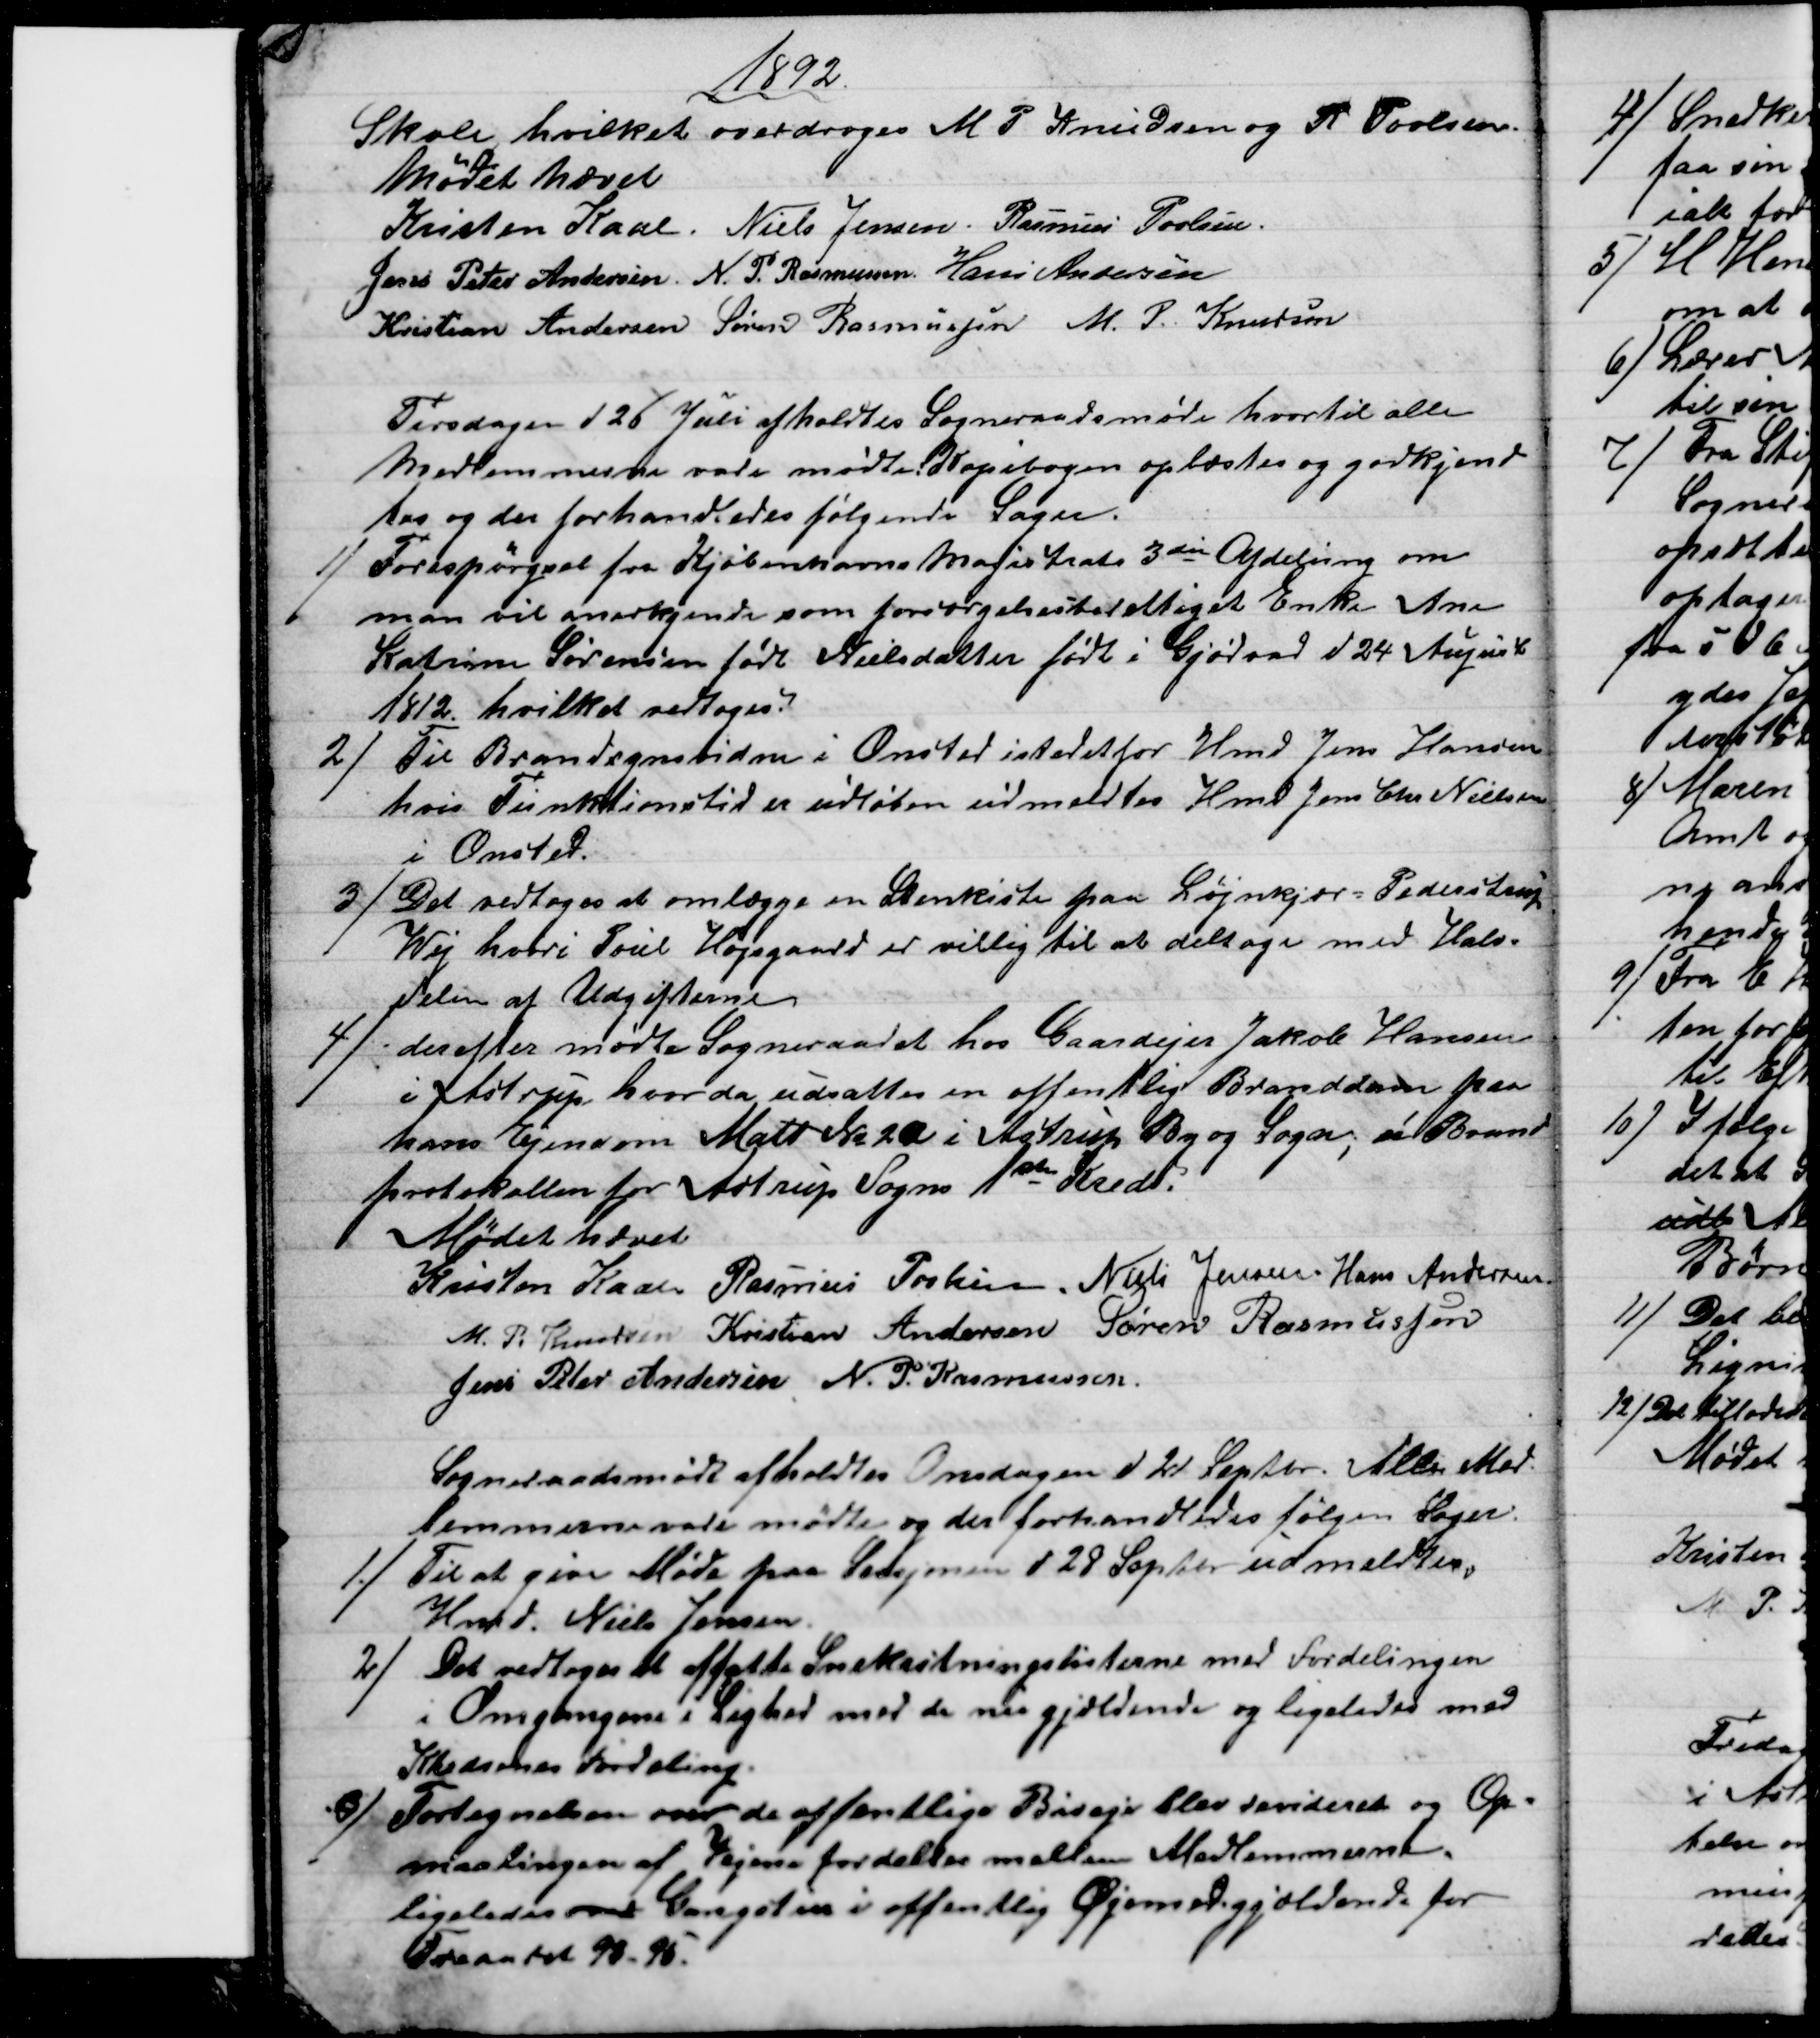
Transskription:
1892.
Skole hvilket overdroges M P Knudsen og R Povlsen.
Mødet hævet
Kristen Kaae. Niels Jensen. Rasmus Povlsen.
Jens Peter Andersen. N. P. Rasmussen Hans Andersen
Kristian Andersen Søren Rasmussen M. P. Knudsen
Tirsdagen d 26 Juli afholdtes Sogneraadsmøde hvortil alle
Medlemmerne vare mødte: Kopibogen oplæstes og godkjend
tes og der forhandledes følgende Sager.
1) 
Forespørgsel fra Kjøbenhavns Magistrats 3die Afdeling om
man vil anerkjende som forsørgelsesberettiget Enke Ane
Katrine Sørensen født Nielsdatter født i Gjødvad d 24 August
1812. hvilket vedtoges.
2)
Til Brandsynsvidne i Onsted istedet for Hmd Jens Hansen
hvis Funktionstid er udløben udmeldtes Hmd Jens Chr. Nielsen
i Onsted.
3)
Det vedtoges at omlægge en Stenkiste paa Løjnkjær = Pederstrup
Wej hvori Poul Højsgaard er villig til at deltage med Halv-
delen af Udgifterne
4)
derefter mødte Sogneraadet hos Gaardejer Jakob Hansen
i Astrup, hvor der udsattes en offentlig Branddam paa
hans Ejendom Matr № 2a i Astrup By og Sogn; i Brand
protokollen for Astrup Sogns 1ste Kreds.
Mødet hævet
Kristen Kaae Rasmus Povlsen. Niels Jensen Hans Andersen
M. P. Knudsen Kristian Andersen Søren Rasmussen
Jens Peter Andersen N. P. Rasmussen
Sogneraadsmøde afholdtes Onsdagen d 21 Septbr. Alle Med-
lemmerne vare mødte og der forhandledes følgen Sager.
1) 
Til at give Møde paa Sessjonen d 28 Septbr udmeldtes.
Hmd. Niels Jensen
2)
Det vedtoges at affatte Snekastningslisterne med Fordelingen
i Omgangene i Lighed med de nu gjældende og ligeledes med
Kredsenes Fordeling
3) 
Fortegnelsen over de offentlige Biveje blev revideret og Op=
maalingen af Vejene fordeltes mellem Medlemmerne.
ligeledes over Gangstier i offentlig Øjemed gjældende for
Treaaret 93-95.